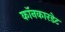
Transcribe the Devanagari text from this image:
कॉनकारडेट